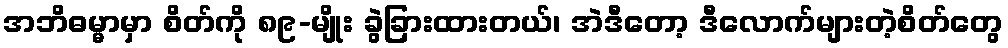
အဘိဓမ္မာမှာ စိတ်ကို ၈၉-မျိုး ခွဲခြားထားတယ်၊ အဲဒီတော့ ဒီလောက်များတဲ့စိတ်တွေ